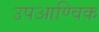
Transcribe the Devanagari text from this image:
उपआण्विक